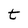
Character: t